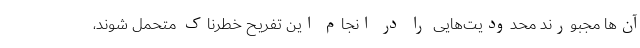
آن‌ها مجبورند محدودیت‌هایی را در انجام این تفریح خطرناک متحمل شوند،